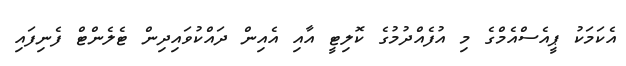
އެކަމަކު ޕީއެސްއެމްގެ މި އުފެއްދުމުގެ ކޮލިޓީ އާއި އެއިން ދައްކުވައިދިން ޓެލެންޓް ފެނިފައި